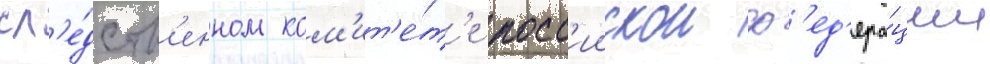
сл'е́дств'енном ком'ит'е́т'е росс'иискои ф'ед'ера́ции